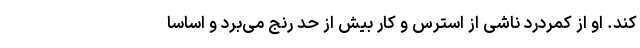
کند. او از کمردرد ناشی از استرس و کار بیش از حد رنج می‌برد و اساسا